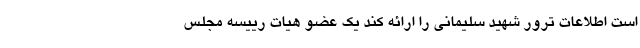
است اطلاعات ترور شهید سلیمانی را ارائه کند یک عضو هیات رییسه مجلس